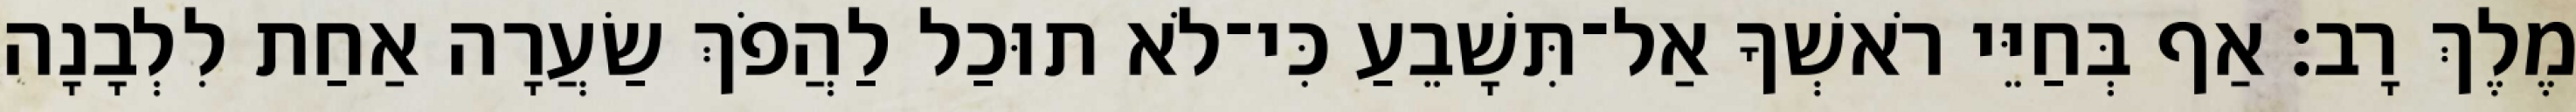
מֶלֶךְ רָב׃ אַף בְּחַיֵּי רֹאשְׁךָ אַל־תִּשָׁבֵעַ כִּי־לֹא תוּכַל לַהֲפֹךְ שַׂעֲרָה אַחַת לִלְבָנָה